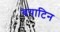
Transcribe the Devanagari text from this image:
बयाटिन